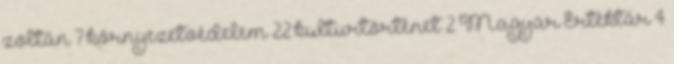
zoltán 7 környezetvédelem 22 kulturtörténet 2 Magyar Értéktár 4